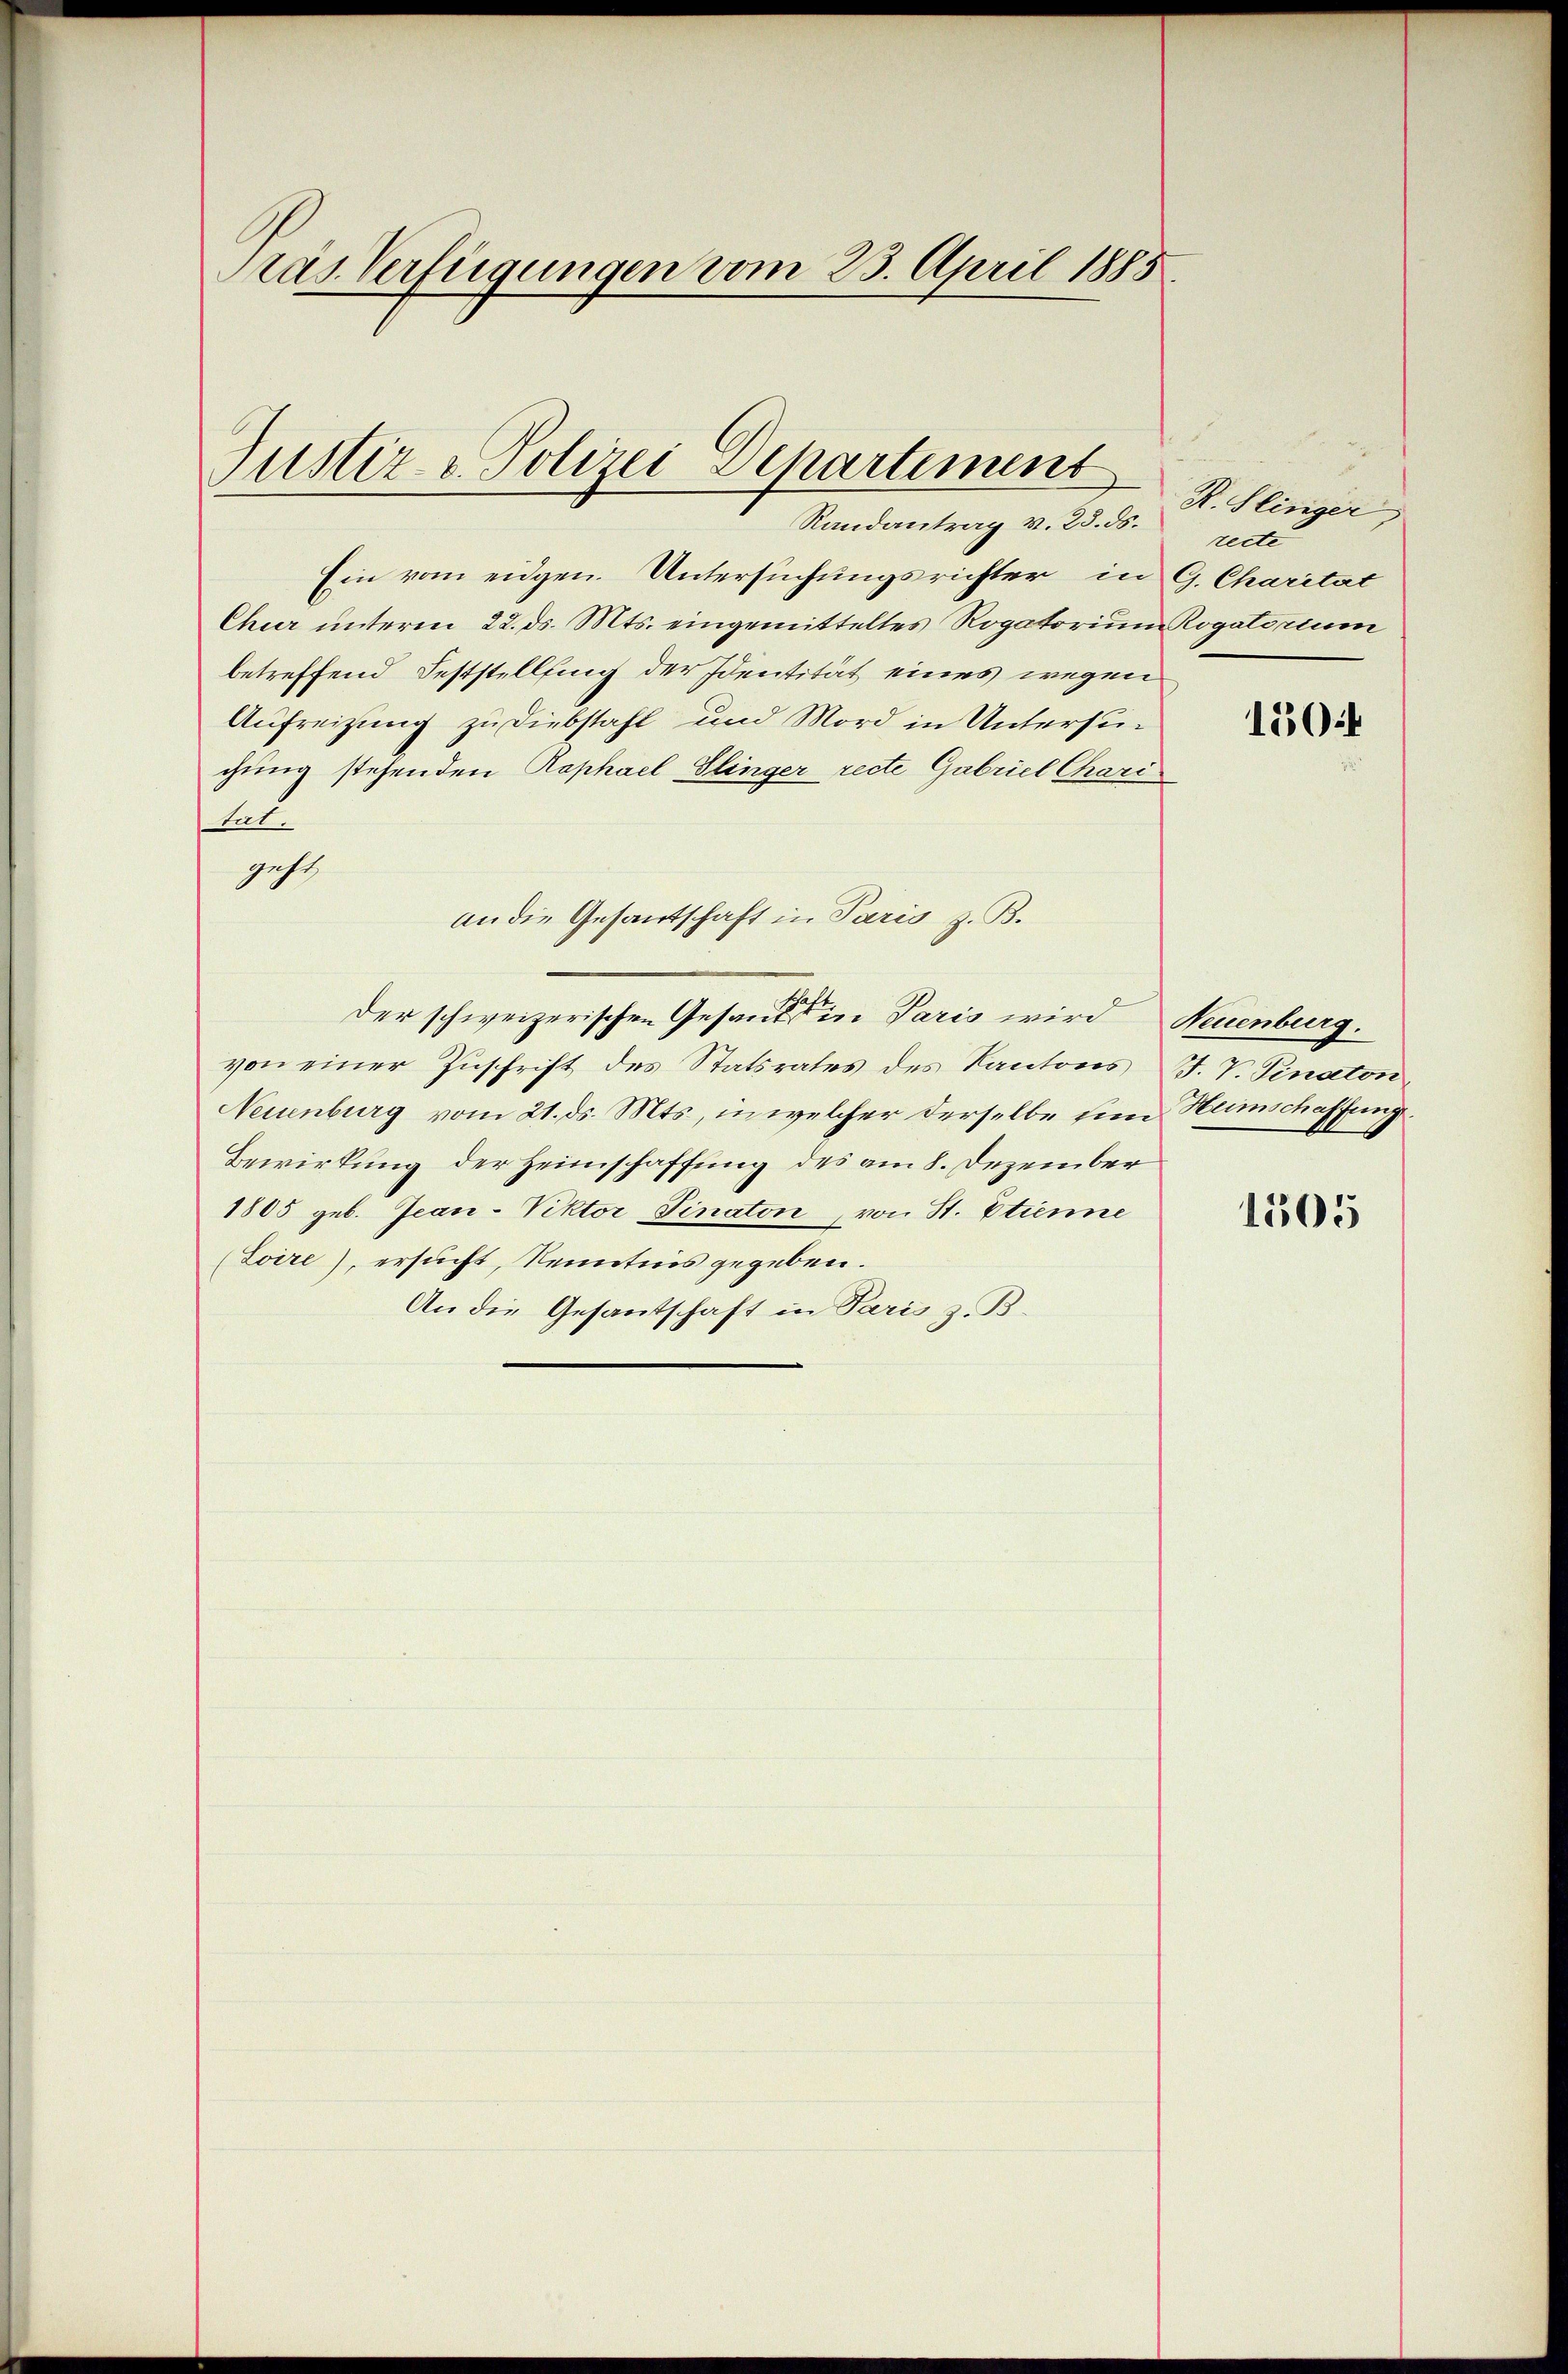
Pras Verfügungen vom 23. April 1885.

Justiz & Polizei Departement
Randantrag v. 23. ds.

Ein vom eidgen. Untersuchungsrichter in G. Charität
Chur unterm 22. ds. Mts. eingemitteltes Rogatorium Rogatorium
betreffend Feststellfing der Identität eines wegen
Aufreizung zu Diebstahl und Mord in Untersuchung stehenden Raphael Klinger recte Gabriel Chari
tat.
geht,
an die Gesantschaft in Paris z. B.
der schweizerischen Gesandte in Paris wird Neuenburg.
von einer Zuschrift des Statsrates des Kantons J. V. Pinaton
Neuenburg vom 21. ds. Mts., in welcher derselbe ein Humschaffung
Bewirkung der Heimschaffung des am 8. Dezember
1805 geb. Jean-Viktor Finaton von St. Etienne
(Loire), ersucht, Kenntnis gegeben.
An die Gesantschaft in Paris z. B.

R. Slinger
recte

150f

1505